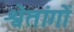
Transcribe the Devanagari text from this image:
श्वेतांगों